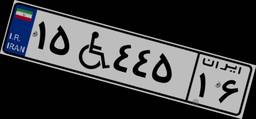
۱۵W۴۴۵۱۶